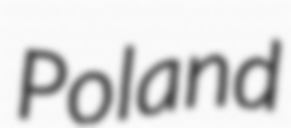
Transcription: Poland